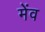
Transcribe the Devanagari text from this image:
मेंव